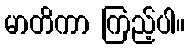
မာတိကာ ကြည့်ပါ။